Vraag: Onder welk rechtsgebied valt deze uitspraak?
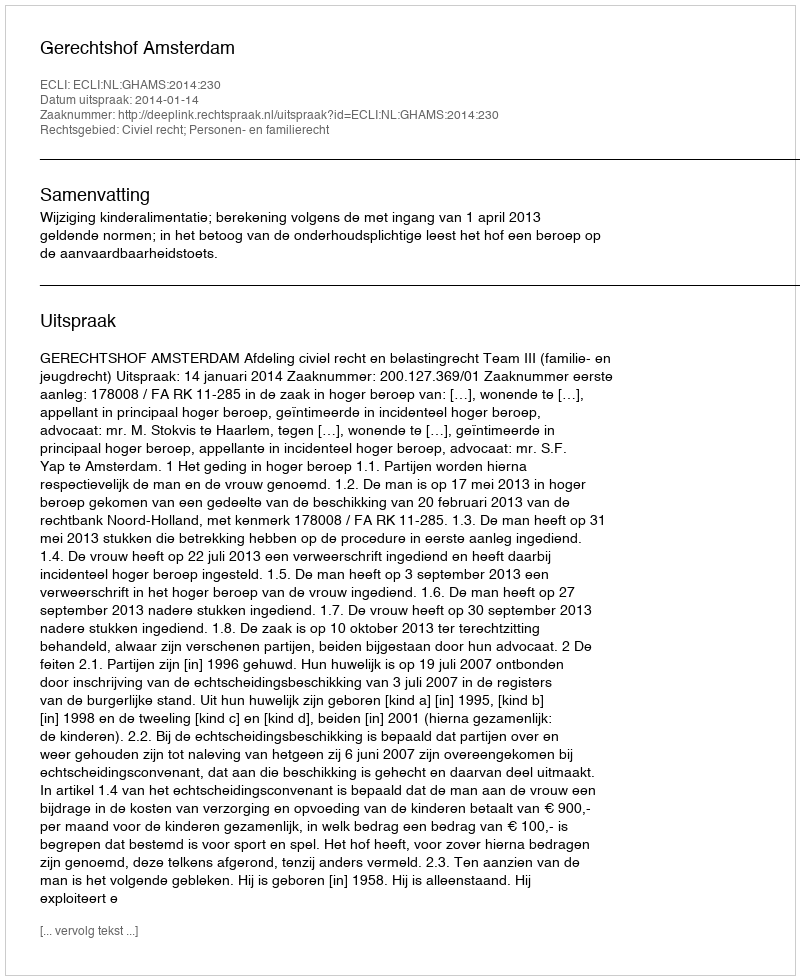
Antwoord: Civiel recht; Personen- en familierecht